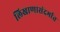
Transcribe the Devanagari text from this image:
लिखाणासंदर्भात